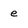
Character: e